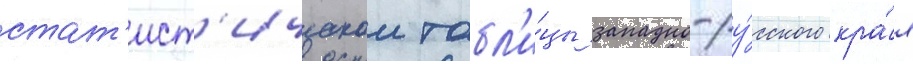
стат'ист'ическои табл'и́цы западно-ру́сского кра́я